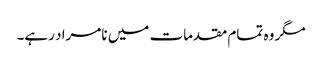
مگر وہ تمام مقدمات میں نامراد رہے۔